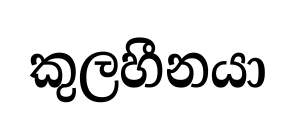
කුලහීනයා